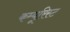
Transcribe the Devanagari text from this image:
कम्यूरिस्ट